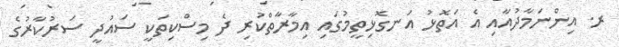
ރ. އިންނަމާދުއާއި އެ އަތޮޅު އަނގޮޅިތީމުގައި އިމާރާތްކުރި ދެ މިސްކިތަކީ ސައުދީ ސަރުކާރުގެ